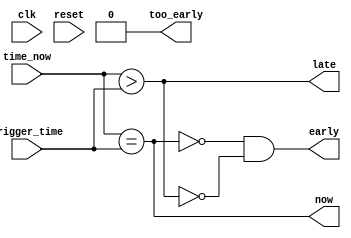
//
// Copyright 2011-2012 Ettus Research LLC
// Copyright 2018 Ettus Research, a National Instruments Company
//
// SPDX-License-Identifier: LGPL-3.0-or-later
//



// 64 bits worth of ticks
//
// Not concerned with clock wrapping, human race will likely have extermintated it's self by this time.
//

module time_compare
  (
   input clk,
   input reset,
   input [63:0] time_now,
   input [63:0] trigger_time,
   output now,
   output early,
   output late,
   output too_early);

/*
   reg [63:0] time_diff;

   always @(posedge clk) begin
        if (reset) begin
            time_diff <= 64'b0;
            now <= 1'b0;
            late <= 1'b0;
            early <= 1'b0;
        end
        else begin
          time_diff <= trigger_time - time_now;
          now <= ~(|time_diff);
          late <= time_diff[63];
          early <= ~now & ~late;
       end
   end
   //assign now = ~(|time_diff);
   //assign late = time_diff[63];
   //assign early = ~now & ~late;
   assign too_early = 0; //not implemented
*/

    assign now = time_now == trigger_time;
    assign late = time_now > trigger_time;
    assign early = ~now & ~late;
    assign too_early = 0; //not implemented

endmodule // time_compare